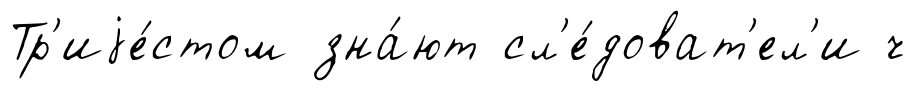
Тр'иjе́стом зна́ют сл'е́доват'ел'и ч